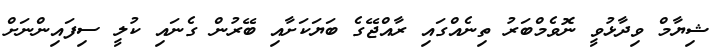
ޝިޔާމް ވިދާޅުވީ ނޮވެމްބަރު ތިނެއްގައި ރާއްޖޭގެ ބަޔަކަށާއި ބޭރުން ގެނައި ކުލީ ސިފައިންނަށް